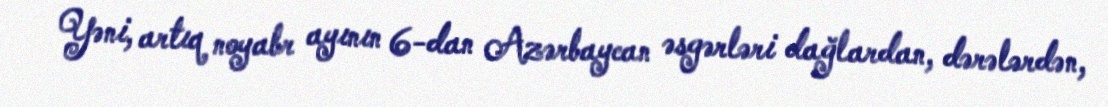
Yəni, artıq noyabr ayının 6-dan Azərbaycan əsgərləri dağlardan, dərələrdən,